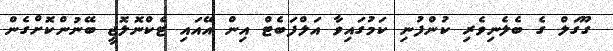
ގޫގަލް ގެ ބެލެނިވެރި ކުންފުނި ކަމުގައިވާ އަލްފަބެޓް އިން އޭއައި ޓެކްނޮލޮޖީ ބޭނުންކޮށްގެން